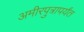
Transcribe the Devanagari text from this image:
अमीरपुत्रापर्यंत